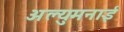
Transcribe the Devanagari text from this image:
अल्युमनाई